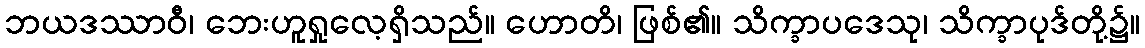
ဘယဒဿာဝီ၊ ဘေးဟူရှုလေ့ရှိသည်။ ဟောတိ၊ ဖြစ်၏။ သိက္ခာပဒေသု၊ သိက္ခာပုဒ်တို့၌။